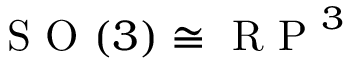
\mathrm { ~ S ~ O ~ } ( 3 ) \cong \mathrm { ~ R ~ P ~ } ^ { 3 }